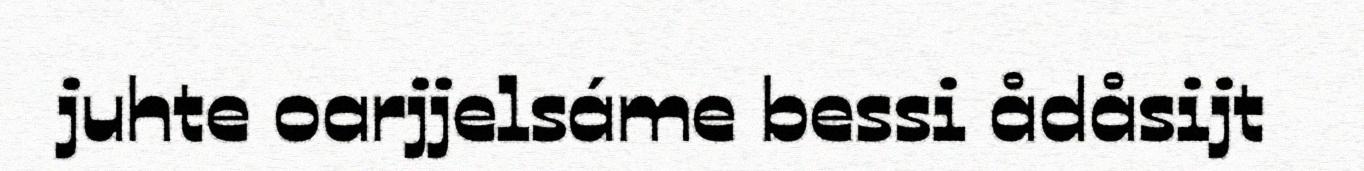
juhte oarjjelsáme bessi ådåsijt